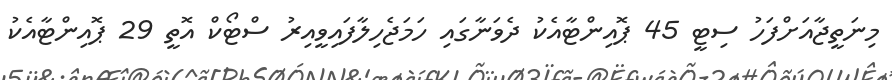
މިނަތީޖާއަށްފަހު ސިޓީ 45 ޕޮއިންޓާއެކު ދެވަނާގައި ހަމަޖެހިލާފައިވީއިރު ސްޓޯކް އޮތީ 29 ޕޮއިންޓާއެކު